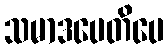
သမာဒပေတိပေ